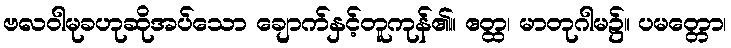
ဗလဝါမုခဟုဆိုအပ်သော ချောက်နှင့်တူကုန်၏။ ဧတ္ထ၊ မာတုဂါမ၌။ ပမတ္တော၊